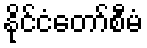
နိုင်ငံတော်စီမံ